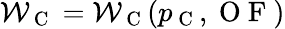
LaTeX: \mathcal{W}_{\mathrm{~C~}}=\mathcal{W}_{\mathrm{~C~}}(p_{\mathrm{~C~}},\mathrm{~O~F~})